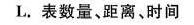
L.表数量、距离、时间